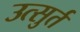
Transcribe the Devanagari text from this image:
उत्सुर्त